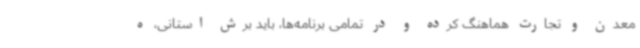
معدن و تجارت هماهنگ کرده و در تمامی برنامه‌ها، باید برش استانی، ه